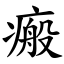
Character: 瘢